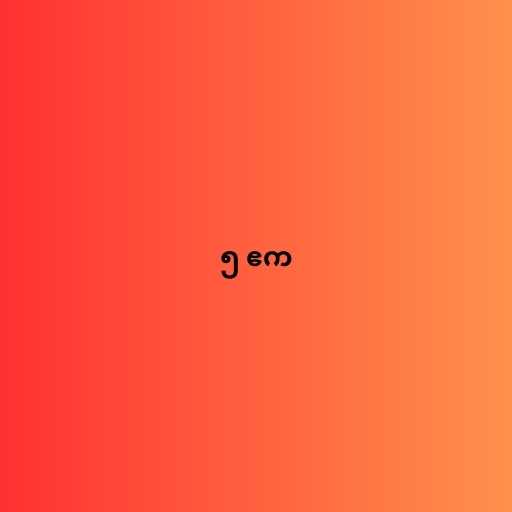
၅ ဧက